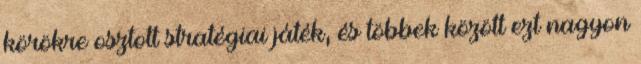
körökre osztott stratégiai játék, és többek között ezt nagyon